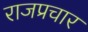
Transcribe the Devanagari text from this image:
राजप्रचार